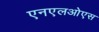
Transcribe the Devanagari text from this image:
एनएलओएस